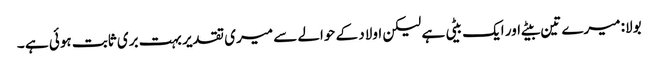
بولا: میرے تین بیٹے اور ایک بیٹی ہے لیکن اولاد کے حوالے سے میری تقدیر بہت بری ثابت ہوئی ہے ۔